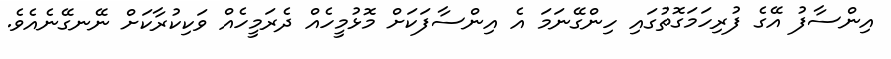
އިންސާފު އޭގެ ފުރިހަމަގޮތުގައި ހިންގޭނަމަ އެ އިންސާފަކަށް މޮޅުމީހެއް ދެރަމީހެއް ވަކިކުރާކަށް ނޭނގޭނެއެވެ.